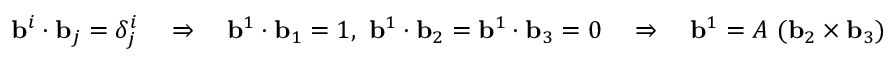
\mathbf { b } ^ { i } \cdot \mathbf { b } _ { j } = \delta _ { j } ^ { i } \quad \Rightarrow \quad \mathbf { b } ^ { 1 } \cdot \mathbf { b } _ { 1 } = 1 , ~ \mathbf { b } ^ { 1 } \cdot \mathbf { b } _ { 2 } = \mathbf { b } ^ { 1 } \cdot \mathbf { b } _ { 3 } = 0 \quad \Rightarrow \quad \mathbf { b } ^ { 1 } = A ~ ( \mathbf { b } _ { 2 } \times \mathbf { b } _ { 3 } )